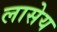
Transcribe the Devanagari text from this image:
लासेय